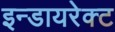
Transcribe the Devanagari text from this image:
इन्डायरेक्ट